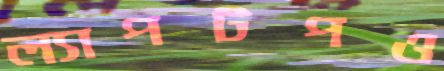
ল্যাপটপও